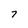
Character: 7